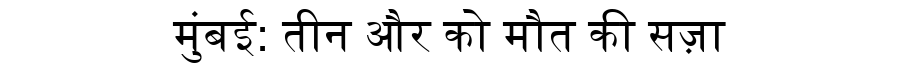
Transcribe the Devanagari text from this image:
मुंबई: तीन और को मौत की सज़ा